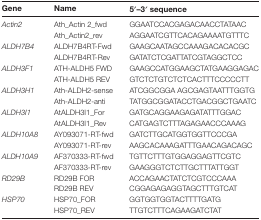
| Gene | Name | 5′–3′ sequence |
 | --- | --- | --- |
 | <ROWSPAN=2> Actin2 | Ath_Actin 2_fwd | GGAATCCACGAGACAACCTATAAC |
 | Ath_Actin2_rev | AGGAATCGTTCACAGAAAATGTTTC |
 | <ROWSPAN=2> ALDH7B4 | ALDH7B4RT-Fwd | GAAGCAATAGCCAAAGACACACGC |
 | ALDH7B4RT-Rev | GATATCTCGATTATCGTAGGCTCC |
 | <ROWSPAN=2> ALDH3F1 | ATH-ALDH5 FWD | GAAGCCATGGAAGCTATGAAGGAGAC |
 | ATH-ALDH5 REV | GTCTCTGTCTCTCACTTTCCCCCTT |
 | <ROWSPAN=2> ALDH3H1 | Ath-ALDH2-sense | ATCGGCGGA AGCGAGTAATTTGGTG |
 | Ath-ALDH2-anti | TATGGCGGATACCTGACGGCTGAATC |
 | <ROWSPAN=2> ALDH3I1 | AtALDH3I1_For | GATGCAGGAAGAGATATTTGGAC |
 | AtALDH3I1_Rev | CATGAGTCTTTAGAGAACCCAAAG |
 | <ROWSPAN=2> ALDH10A8 | AY093071-RT-fwd | GATCTTGCATGGTGGTTCCCGA |
 | AY093071-RT-rev | AAGCACAAAGATTTGAACAGACAGC |
 | <ROWSPAN=2> ALDH10A9 | AF370333-RT-fwd | TGTTCTTTGTGGAGGAGTTCGTC |
 | AF370333-RT-rev | GAAGGGTCTCTTGCTTTATTGGT |
 | <ROWSPAN=2> RD29B | RD29B FOR | ACCAGAACTATCTCGTCCCAAA |
 | RD29B REV | CGGAGAGAGGTAGCTTTGTCAT |
 | <ROWSPAN=2> HSP70 | HSP70_FOR | GGTGGTGGTACTTTTGATG |
 | HSP70_REV | TTGTCTTTCAGAAGATCTAT |